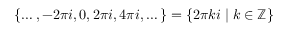
\{ \dots , - 2 \pi i , 0 , 2 \pi i , 4 \pi i , \dots \} = \{ 2 \pi k i \mid k \in \mathbb { Z } \}